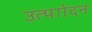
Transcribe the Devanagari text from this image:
उत्पाोदन